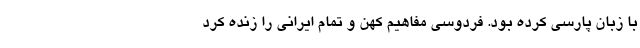
با زبان پارسی کرده بود. فردوسی مفاهیم کهن و تمام ایرانی را زنده کرد